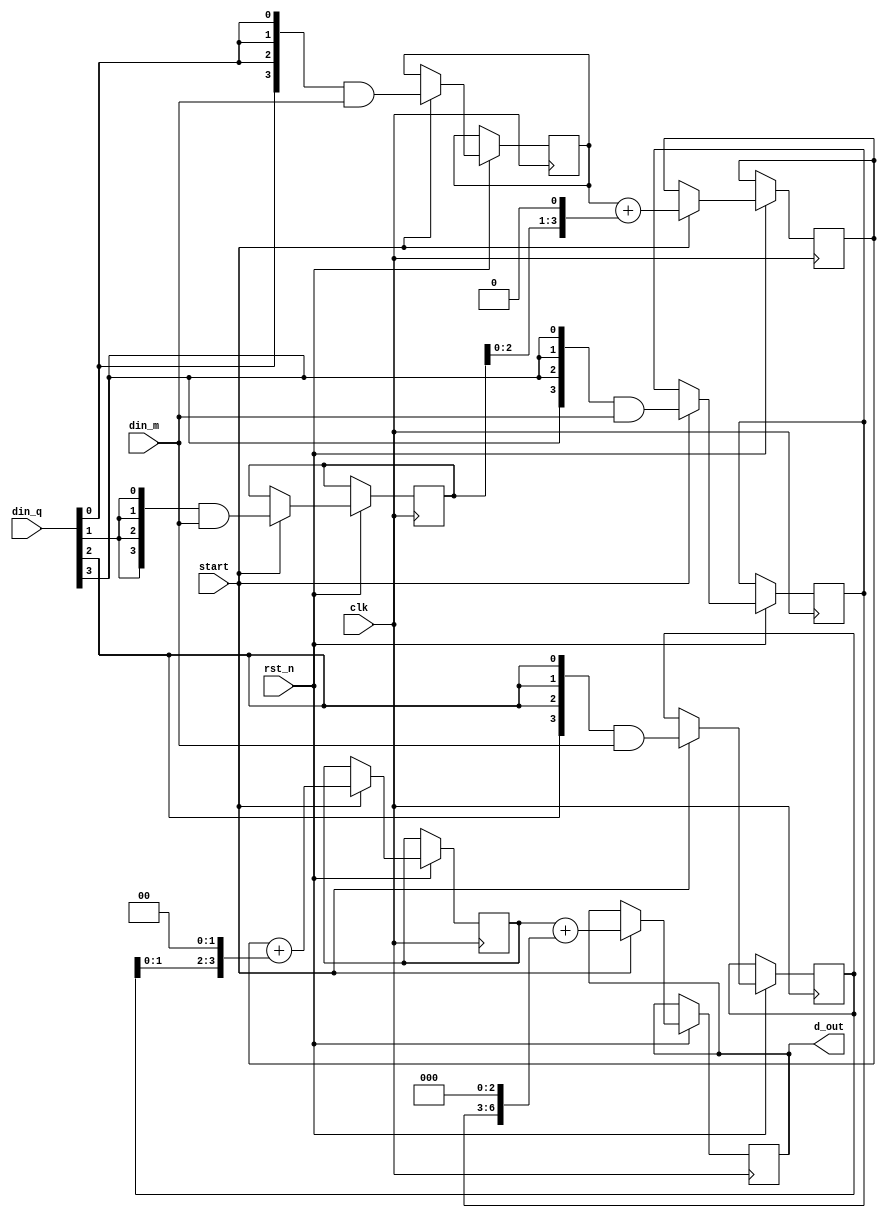
module mul4(
din_q,
din_m,
d_out,
clk,
rst_n, start);
input clk,rst_n;
input start;
input[3:0] din_q,din_m;
output reg [7:0] d_out;

reg[3:0] m0,m1,m2,m3;
reg [3:0] s1,s2,s3;
//,s3




always@(posedge clk) begin

if(rst_n) begin
if(start) begin

 	m0<={4{din_q[0]}} & din_m[3:0];
 	m1<={4{din_q[1]}}& din_m[3:0];
 	m2<={4{din_q[2]}}& din_m[3:0];
 	m3<={4{din_q[3]}}& din_m[3:0];

	s1 <= m0+ (m1<<1);
	s2 <= s1+ (m2<<2);
	d_out<= s2+ (m3 <<3);
end
end
end

//always@(s3) begin
//d_out

//assign d_out=s3;


endmodule